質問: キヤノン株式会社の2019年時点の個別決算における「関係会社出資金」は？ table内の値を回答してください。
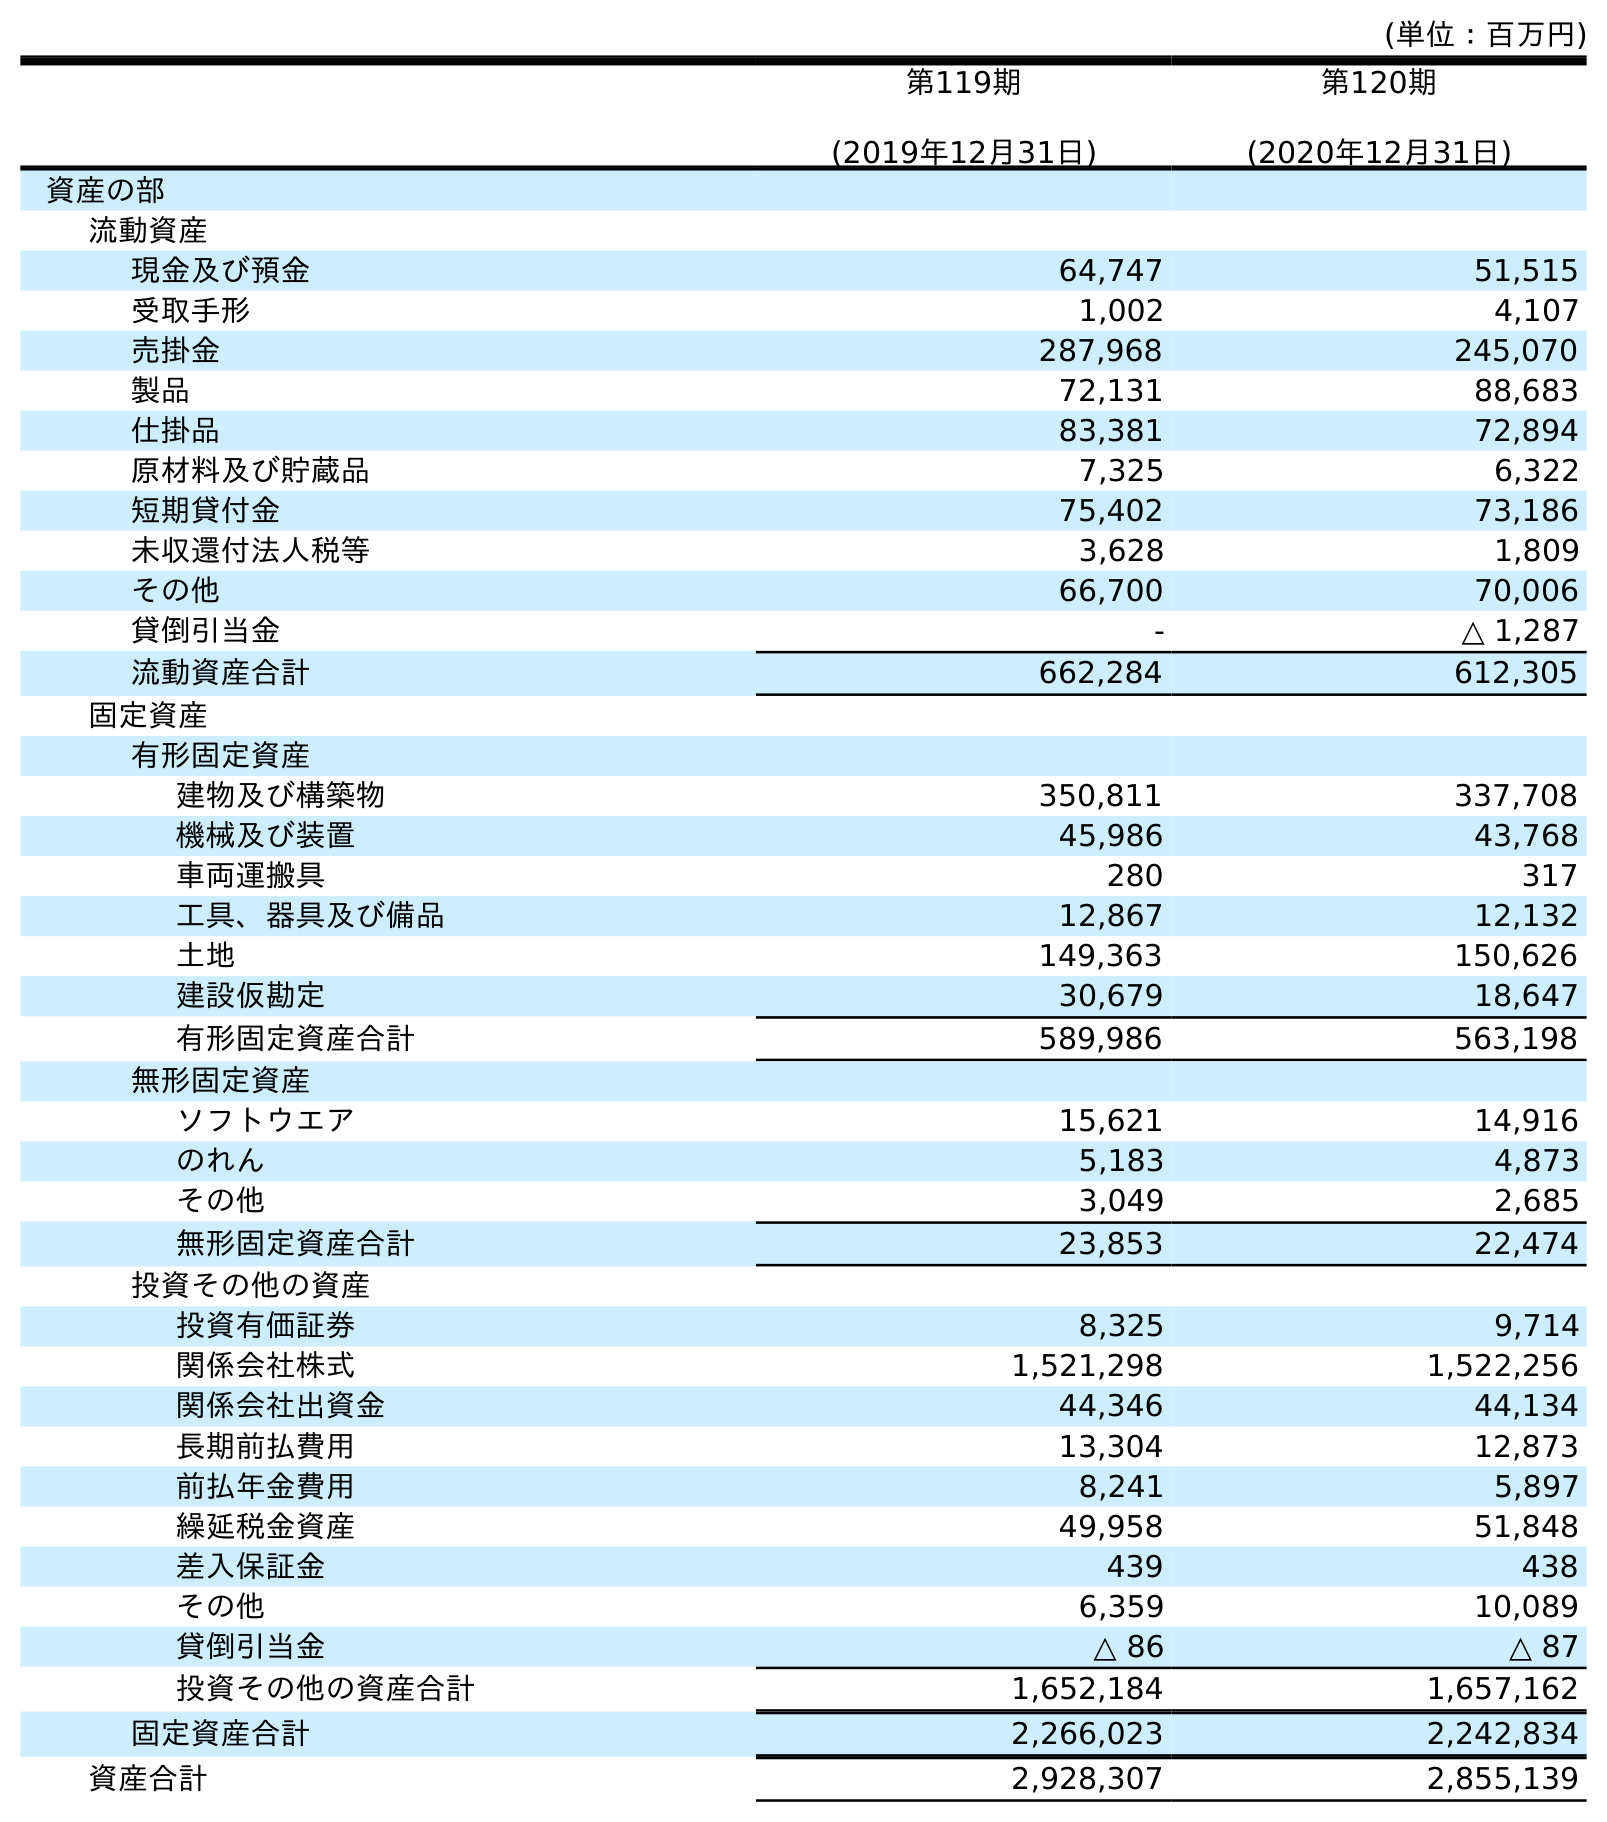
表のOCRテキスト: (単位：百万円) 第119期 (2019年12月31日) 第120期 (2020年12月31日) 資産の部 流動資産 現金及び預金 64,747 51,515 受取手形 1,002 4,107 売掛金 287,968 245,070 製品 72,131 88,683 仕掛品 83,381 72,894 原材料及び貯蔵品 7,325 6,322 短期貸付金 75,402 73,186 未収還付法人税等 3,628 1,809 その他 66,700 70,006 貸倒引当金 - △ 1,287 流動資産合計 662,284 612,305 固定資産 有形固定資産 建物及び構築物 350,811 337,708 機械及び装置 45,986 43,768 車両運搬具 280 317 工具、器具及び備品 12,867 12,132 土地 149,363 150,626 建設仮勘定 30,679 18,647 有形固定資産合計 589,986 563,198 無形固定資産 ソフトウエア 15,621 14,916 のれん 5,183 4,873 その他 3,049 2,685 無形固定資産合計 23,853 22,474 投資その他の資産 投資有価証券 8,325 9,714 関係会社株式 1,521,298 1,522,256 関係会社出資金 44,346 44,134 長期前払費用 13,304 12,873 前払年金費用 8,241 5,897 繰延税金資産 49,958 51,848 差入保証金 439 438 その他 6,359 10,089 貸倒引当金 △ 86 △ 87 投資その他の資産合計 1,652,184 1,657,162 固定資産合計 2,266,023 2,242,834 資産合計 2,928,307 2,855,139
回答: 44,346